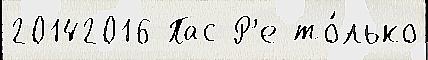
20142016 Пас Р'е то́лько